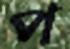
প